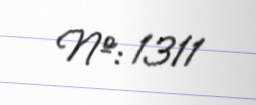
№: 1311